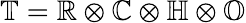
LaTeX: \mathbb{T}=\mathbb{R}\otimes\mathbb{C}\otimes\mathbb{H}\otimes\mathbb{O}